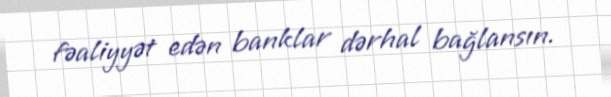
fəaliyyət edən banklar dərhal bağlansın.